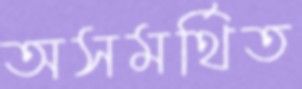
অসমর্থিত